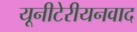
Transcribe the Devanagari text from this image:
यूनीटेरीयनवाद